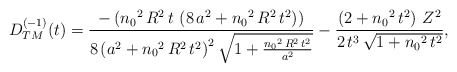
\begin{align*}\begin{array}{c}D_{TM}^{(-1)}(t) = \displaystyle{\frac{-\left( {n_{0}}^2\,R^2\,t\, \left( 8\,a^2 + {n_{0}}^2\,R^2\,t^2 \right) \right) }{8\, {\left( a^2 + {n_{0}}^2\,R^2\,t^2 \right) }^2\, {\sqrt{1 + \frac{{n_{0}}^2\,R^2\,t^2}{a^2}}}} - \frac{\left( 2 + {n_{0}}^2\,t^2 \right) \,Z^2} {2\,t^3\,{\sqrt{1 + {n_{0}}^2\,t^2}}}},\end{array}\end{align*}